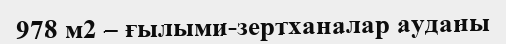
978 м2 – ғылыми-зертханалар ауданы